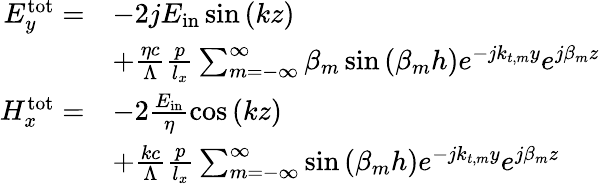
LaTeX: \begin{array}{rl}{E_{y}^{\mathrm{tot}}=}&{-2jE_{\mathrm{in}}\sin{\left(kz\right)}}\\ &{+\frac{\eta c}{\Lambda}\frac{p}{l_{x}}\sum_{m=-\infty}^{\infty}\beta_{m}\sin{\left(\beta_{m}h\right)}e^{-jk_{t,m}y}e^{j\beta_{m}z}}\\ {H_{x}^{\mathrm{tot}}=}&{-2\frac{E_{\mathrm{in}}}{\eta}\cos{\left(kz\right)}}\\ &{+\frac{kc}{\Lambda}\frac{p}{l_{x}}\sum_{m=-\infty}^{\infty}\sin{\left(\beta_{m}h\right)}e^{-jk_{t,m}y}e^{j\beta_{m}z}}\end{array}